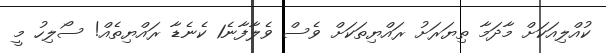
ކުއްލިއަކަށް މާދަމާ ތިޔަރަށު ރައްޔިތަކަށް ވެސް ވެލާފާނެ1 ކެނެޑާ ރައްޔިތެއް! ސޯލިހު މީ